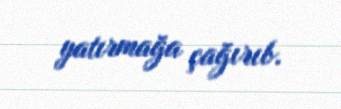
yatırmağa çağırıb.